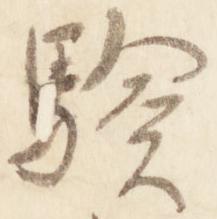
験